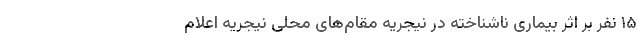
۱۵ نفر بر اثر بیماری ناشناخته در نیجریه مقام‌های محلی نیجریه اعلام